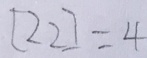
[ 2 2 ] = 4